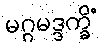
မဂ္ဂမဒ္ဒက္ခိံ